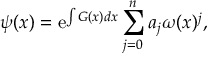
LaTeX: \psi ( x ) = \mathrm { e } ^ { \int G ( x ) d x } \sum _ { j = 0 } ^ { n } a _ { j } \omega ( x ) ^ { j } ,